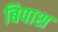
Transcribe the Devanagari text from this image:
बिपाश